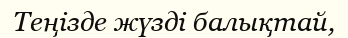
Теңізде жүзді балықтай,